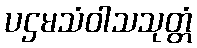
ပဌမသံဝါသသုတ္တံ